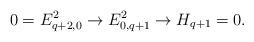
LaTeX: \begin{align*}0=E^2_{q+2, 0}\rightarrow E^2_{0, q+1}\rightarrow H_{q+1}=0.\end{align*}